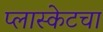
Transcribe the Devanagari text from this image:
प्लास्केटचा